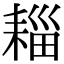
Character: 䎩